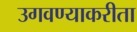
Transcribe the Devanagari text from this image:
उगवण्याकरीता